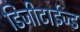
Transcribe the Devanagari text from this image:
डिजीटाईज्‍ड